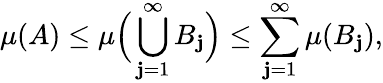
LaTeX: \mu(A)\leq\mu{\Big(}\bigcup_{\mathbf{j}=1}^{\infty}B_{\mathbf{j}}{\Big)}\leq\sum_{\mathbf{j}=1}^{\infty}\mu(B_{\mathbf{j}}),